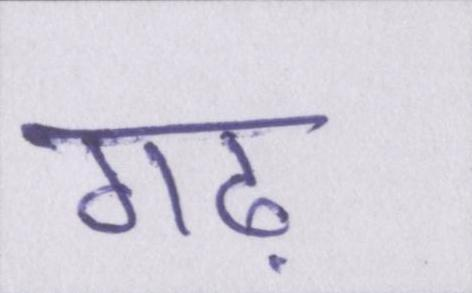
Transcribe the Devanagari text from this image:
गढ़